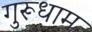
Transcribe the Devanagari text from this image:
गुरूधाम